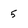
Character: 5